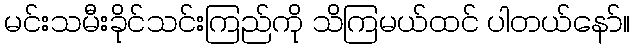
မင်းသမီးခိုင်သင်းကြည်ကို သိကြမယ်ထင် ပါတယ်နော်။